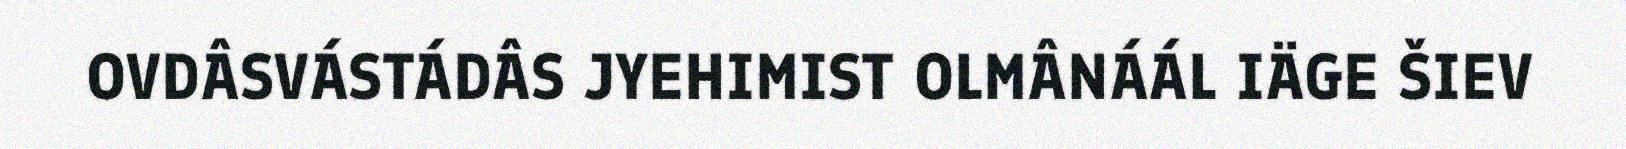
OVDÂSVÁSTÁDÂS JYEHIMIST OLMÂNÁÁL IÄGE ŠIEV